Annual vaccination report of Bihar and Orissa - 1911-1928
Year: 1911
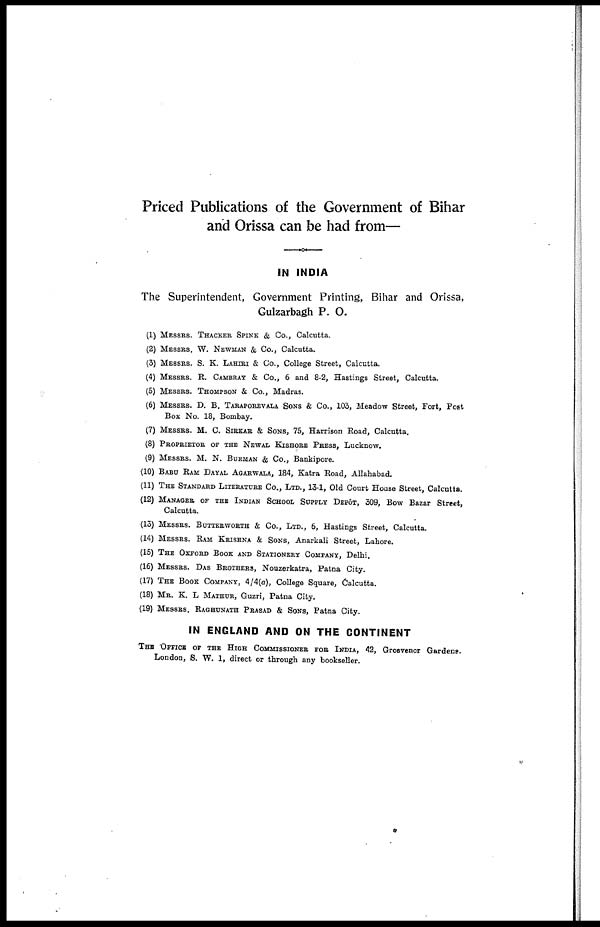
Priced Publications of the Government of Bihar
and Orissa can be had from—
IN INDIA
The Superintendent, Government Printing, Bihar and Orissa,
Gulzarbagh P. O.
(1) MESSRS. THACKER SPINK & Co., Calcutta.
(2) MESSRS. W. NEWMAN & Co., Calcutta.
(3) MESSRS. S. K. LAHIRI & Co., College Street, Calcutta.
(4) MESSRS. R. CAMBRAY & Co., 6 and 8-2, Hastings Street, Calcutta.
(5) MESSRS. THOMPSON & Co., Madras.
(6) MESSRS. D. B. TARAPOREVALA SONS & Co., 103, Meadow Street, Fort, Post
Box No. 18, Bombay.
(7) MESSRS. M. C. SIRKAR & SONS, 75, Harrison Road, Calcutta.
(8) PROPRIETOR OF THE NEWAL KISHORE PRESS, Lucknow.
(9) MESSRS. M. N. BURMAN & Co., Bankipore.
(10) BABU RAM DAYAL AGARWALA, 184, Katra Road, Allahabad.
(11) THE STANDARD LITERATURE Co., LTD., 13-1, Old Court House Street, Calcutta.
(12) MANAGER OF THE INDIAN SCHOOL SUPPLY DEPÔT, 309, Bow Bazar Street,
Calcutta.
(13) MESSRS. BUTTERWORTH & Co., LTD., 6, Hastings Street, Calcutta.
(14) MESSRS. RAM KRISHNA & SONS, Anarkali Street, Lahore.
(15) THE OXFORD BOOK AND STATIONERY COMPANY, Delhi.
(16) MESSRS. DAS BROTHERS, Nouzerkatra, Patna City.
(17) THE BOOK COMPANY, 4/4(a), College Square, Calcutta.
(18) MR. K. L MATHUR, Guzri, Patna City.
(19) MESSRS. RAGHUNATH PRASAD & SONS, Patna City.
IN ENGLAND AND ON THE CONTINENT
THE OFFICE OF THE HIGH COMMISSIONER FOR INDIA, 42, Grosvenor Gardens.
London, S. W. 1, direct or through any bookseller.